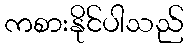
ကစားနိုင်ပါသည်